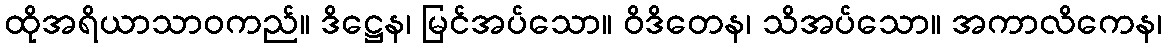
ထိုအရိယာသာဝကည်။ ဒိဋ္ဌေန၊ မြင်အပ်သော။ ဝိဒိတေန၊ သိအပ်သော။ အကာလိကေန၊